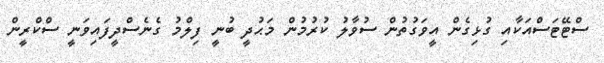
ސްޓޭޓަސްއަކާއި ގުޅިގެން އީވަގުތުން ސުވާލު ކުރުމުން މަޙުދީ ބުނީ ފިލްމު ގެނެސްދީފައިވަނީ ސްކްރީން